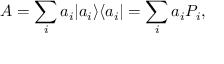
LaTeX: A = \sum _ { i } a _ { i } | a _ { i } \rangle \langle a _ { i } | = \sum _ { i } a _ { i } P _ { i } ,